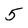
Character: 5